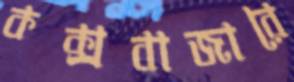
কক্সবাজারে